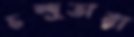
চন্দ্রতারা